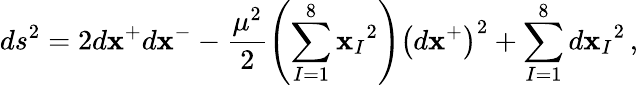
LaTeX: ds^{2}=2d\mathbf{x}^{+}d\mathbf{x}^{-}-\frac{{\mu^{2}}}{{2}}\left(\sum_{I=1}^{8}{\mathbf{x}_{I}}^{2}\right)\left(d\mathbf{x}^{+}\right)^{2}+\sum_{I=1}^{8}{d\mathbf{x}_{I}}^{2}\, ,